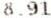
8.91